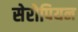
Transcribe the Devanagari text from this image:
सेरोपियन